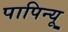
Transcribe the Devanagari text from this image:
पापिन्यू